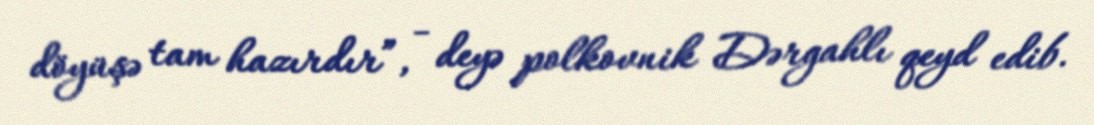
döyüşə tam hazırdır”, - deyə polkovnik Dərgahlı qeyd edib.